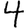
Digit: 4